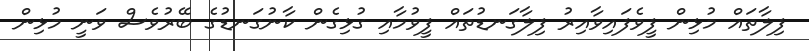
ފިލާތައް މުޅިން ފީވެފައިވާއިރު ފިލާގަނޑުތައް ފީވުމާއި ގުޅިގެން ކާނުގަނޑުގެ ބޭރުވެސް ވަނީ މުޅިން